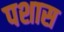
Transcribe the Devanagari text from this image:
पशास